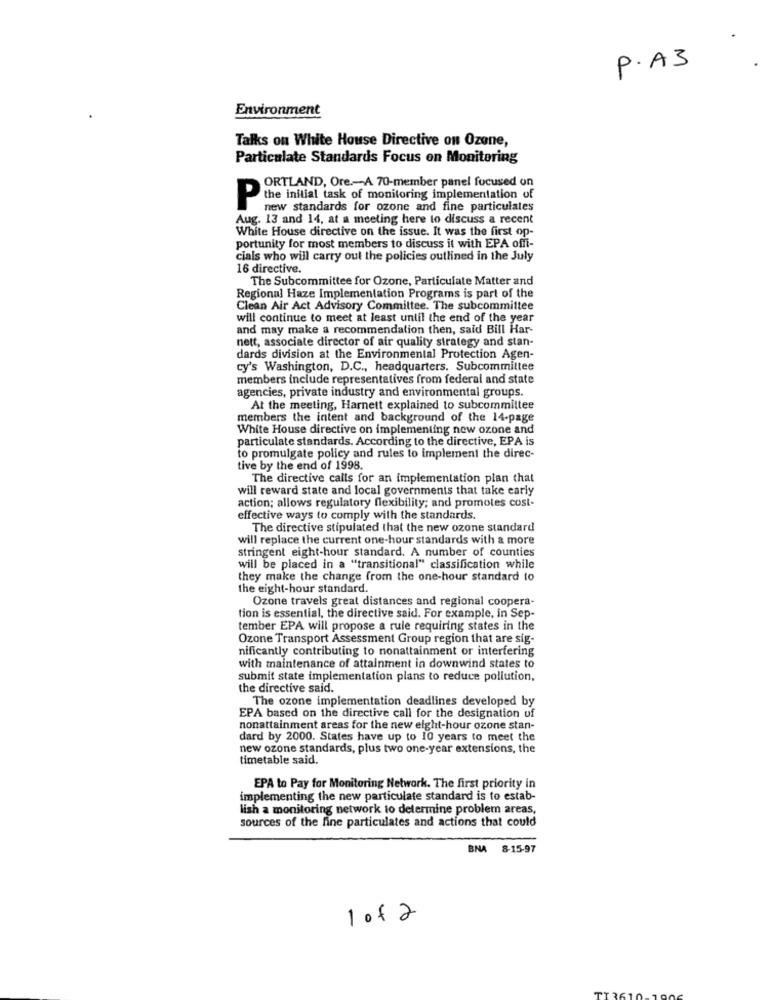
P.A3
Environment
Talks ou White House Directive on Ozone,
Particulate Standards Focus on Monitoring
ORTLAND, Ore .- A 70-member panel focused on
Pthe initial task of monitoring implementation of
new standards for ozone and fine particulates
Aug. 13 and 14, at a meeting here to discuss a recent
White House directive on the issue. It was the first op-
portunity for most members to discuss it with EPA offi-
cials who will carry out the policies outlined in the July
16 directive.
The Subcommittee for Ozone, Particulate Matter and
Regional Haze Implementation Programs is part of the
Clean Air Act Advisory Committee. The subcommittee
will continue to meet at least until the end of the year
and may make a recommendation then, said Bill Har-
nett, associate director of air quality strategy and stan-
dards division at the Environmental Protection Agen-
cy's Washington, D.C ., headquarters. Subcommittee
members include representatives from federal and state
agencies, private industry and environmental groups.
At the meeting, Harnett explained to subcommittee
members the intent and background of the 14-page
White House directive on implementing new ozone and
particulate standards. According to the directive, EPA is
to promulgate policy and rules to implement the direc-
tive by the end of 1998.
The directive calls for an implementation plan that
will reward state and local governments that take early
action; allows regulatory flexibility; and promotes cost-
effective ways to comply with the standards.
The directive stipulated that the new ozone standard
will replace the current one-hour standards with a more
stringent eight-hour standard. A number of counties
will be placed in a "transitional" classification while
they make the change from the one-hour standard to
the eight-hour standard.
Ozone travels great distances and regional coopera-
tion is essential, the directive said. For example, in Sep-
tember EPA will propose a rule requiring states in the
Ozone Transport Assessment Group region that are sig-
nificantly contributing to nonattainment or interfering
with maintenance of attainment in downwind states to
submit state implementation plans to reduce pollution,
the directive said.
The ozone implementation deadlines developed by
EPA based on the directive call for the designation of
nonattainment areas for the new eight-hour ozone stan-
dard by 2000. States have up to 10 years to meet the
new ozone standards, plus two one-year extensions, the
timetable said.
EPA to Pay for Monitoring Network. The first priority in
implementing the new particulate standard is to estab-
lish a monitoring network to determine problem areas,
sources of the fine particulates and actions that could
BNA 8-15-97
1 of 2